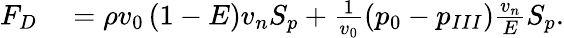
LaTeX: \begin{array}{rl}{F_{D}}&{{}={}\rho v_{0}\left(1-E\right){v_{n}}{S_{p}}+\frac{1}{v_{0}}\left(p_{0}-p_{III}\right)\frac{{v_{n}}}{E}{S_{p}}.}\end{array}